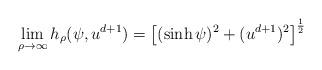
LaTeX: \begin{align*}\lim_{\rho \to \infty} h_{\rho}(\psi,u^{d+1}) = \left[ (\sinh \psi)^2 + (u^{d+1})^2 \right]^{\frac{1}{2}}\end{align*}